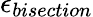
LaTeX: \epsilon_{bisection}